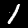
Digit: 1